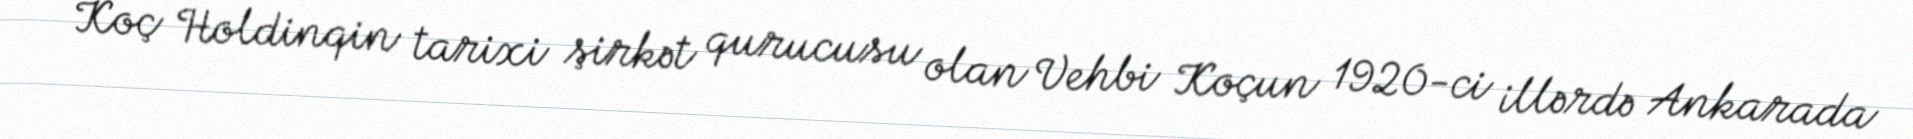
Koç Holdinqin tarixi şirkət qurucusu olan Vehbi Koçun 1920-ci illərdə Ankarada